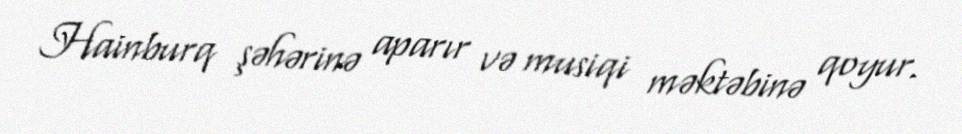
Hainburq şəhərinə aparır və musiqi məktəbinə qoyur.